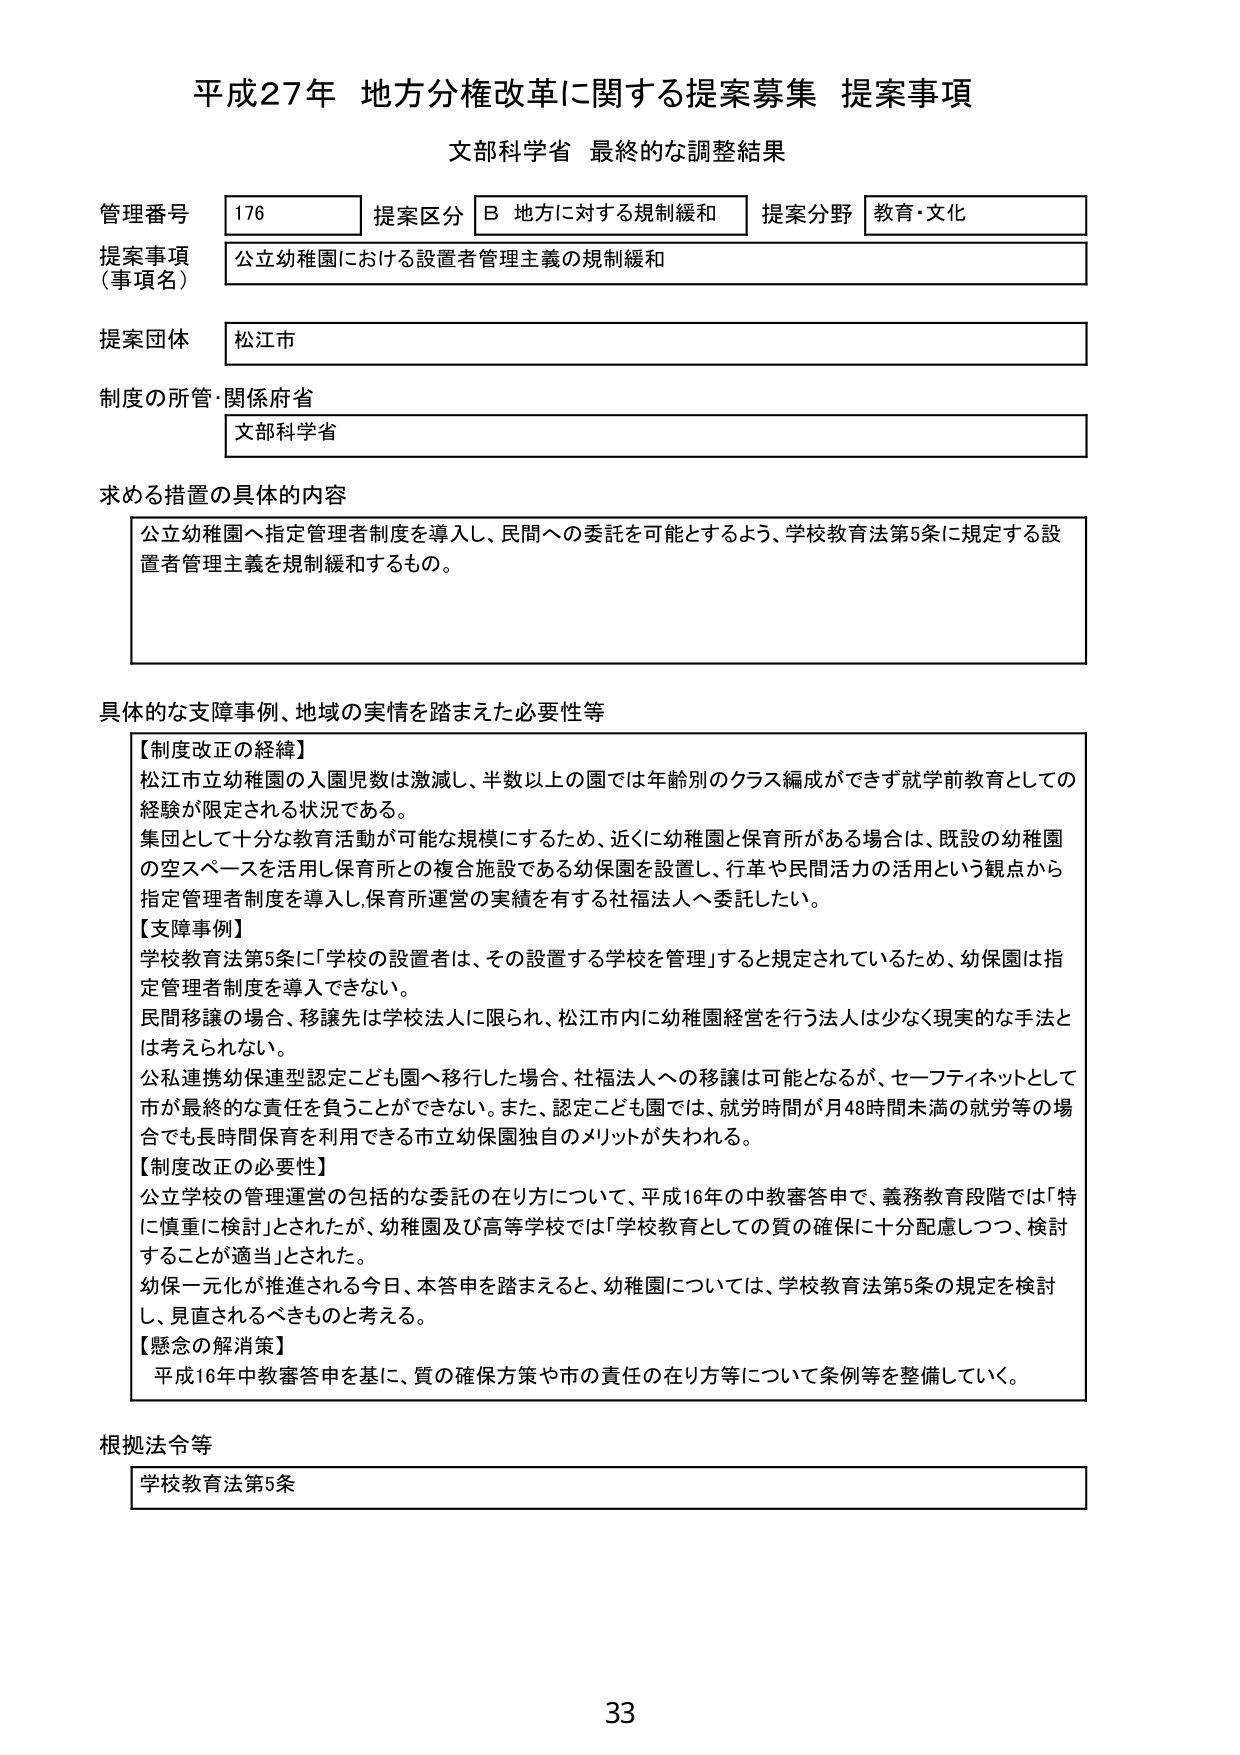
平成27年 地方分権改革に関する提案募集 提案事項
文部科学省 最終的な調整結果

管理番号 176 提案区分 B 地方に対する規制緩和 提案分野 教育・文化
提案事項（事項名） 公立幼稚園における設置者管理主義の規制緩和
提案団体 松江市
制度の所管・関係府省 文部科学省

求める措置の具体的内容
公立幼稚園へ指定管理者制度を導入し、民間への委託を可能とするよう、学校教育法第5条に規定する設置者管理主義を規制緩和するもの。

具体的な支障事例、地域の実情を踏まえた必要性等
【制度改正の経緯】
松江市立幼稚園の入園児数は激減し、半数以上の園では年齢別のクラス編成ができず就学前教育としての経験が限定される状況である。
集団として十分な教育活動が可能な規模にするため、近くに幼稚園と保育所がある場合は、既設の幼稚園の空スペースを活用し保育所との複合施設である幼保園を設置し、行革や民間活力の活用という観点から指定管理者制度を導入し、保育所運営の実績を有する社福法人へ委託したい。
【支障事例】
学校教育法第5条に「学校の設置者は、その設置する学校を管理」すると規定されているため、幼保園は指定管理者制度を導入できない。
民間移譲の場合、移譲先は学校法人に限られ、松江市内に幼稚園経営を行う法人は少なく現実的な手法とは考えられない。
公私連携幼保連型認定こども園へ移行した場合、社福法人への移譲は可能となるが、セーフティネットとして市が最終的な責任を負うことができない。また、認定こども園では、就労時間が月48時間未満の就労等の場合でも長時間保育を利用できる市立幼保園独自のメリットが失われる。
【制度改正の必要性】
公立学校の管理運営の包括的な委託の在り方について、平成16年の中教審答申で、義務教育段階では「特に慎重に検討」とされたが、幼稚園及び高等学校では「学校教育としての質の確保に十分配慮しつつ、検討することが適当」とされた。
幼保一元化が推進される今日、本答申を踏まえると、幼稚園については、学校教育法第5条の規定を検討し、見直されるべきものと考える。
【懸念の解消策】
平成16年中教審答申を基に、質の確保方策や市の責任の在り方等について条例等を整備していく。

根拠法令等
学校教育法第5条

33